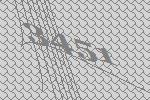
3451